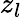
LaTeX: z_{l}